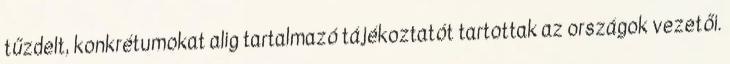
tűzdelt, konkrétumokat alig tartalmazó tájékoztatót tartottak az országok vezetői.